system: You are a helpful assistant.
user:
Analyze the provided spectrum to determine if it is a **"Cataclysmic Variables (CV)"**.

- **Key Indicators for CV (Check for either state):**
    - **State 1: Quiescent / Low-State (Emission-Dominated)**
        - **(Primary):** Strong and *very broad* Hydrogen Balmer emission lines (e.g., $H\alpha$ at 6563 Å, $H\beta$ at 4861 Å). The 'broadness' (high velocity dispersion, often FWHM > 1000 km/s) is the key diagnostic, indicating a high-velocity accretion disk.
        - **(Secondary):** Broad neutral Helium (He I) emission lines (e.g., 5876 Å, 6678 Å).
        - **(Key Confirmation):** Presence of high-excitation *ionized* Helium (He II) emission at 4686 Å. This is a strong indicator of accretion onto a white dwarf.
        - **(Line Profile):** Emission lines may exhibit a 'double-peaked' profile, which is a classic signature of a rotating accretion disk viewed at high inclination.

    - **State 2: Outburst / High-State (Absorption-Dominated)**
        - **(Primary):** Spectrum is dominated by a bright, blue continuum (looks like a hot star).
        - **(Secondary):** The emission lines from State 1 are weak, absent, or 'filled in', and are replaced by broad, shallow *absorption* lines (primarily Balmer and He I).
        - **(Morphology):** The overall spectrum mimics a hot B/A-type star. The crucial difference is that the absorption lines are significantly broader, shallower, and more 'washed-out' (or 'smeared') than the sharp lines of a normal stellar photosphere, due to high rotational speeds and pressure broadening in the disk.

Think first, call **spectral_visualization_tool** if needed to examine features in detail, then provide your final answer. Your response must adhere to the following strict rules:
1.  **Overall Structure:** Your response must follow the format `<think>...</think> <tool_call>...</tool_call> (if a tool is used) <answer>...</answer>`.
2.  **Tool Usage Constraint:** You may only make **one** tool call per turn.
3.  **Final Answer Format:** In the `<answer>` tag, your conclusion must be inside a `\boxed{}` command (e.g., `\boxed{YES}`), followed by your justification.

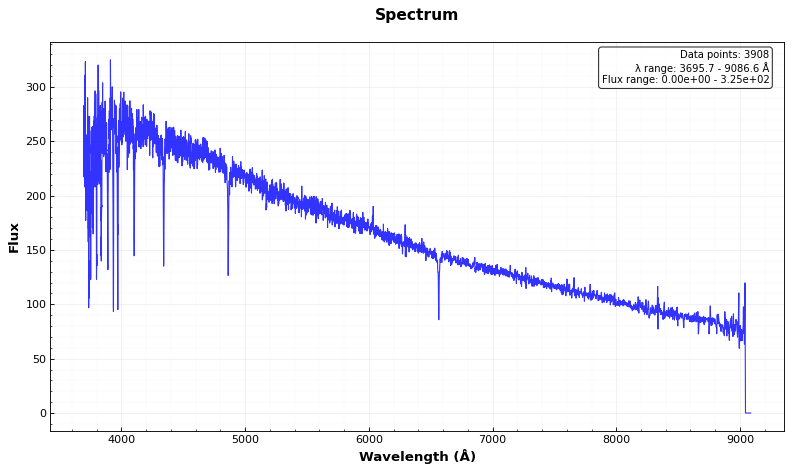
Answer: NO